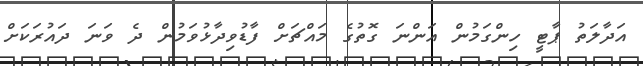
އަދާލަތު ޕާޓީ ހިންގަމުން އަންނަ ގޮތުގެ މައްޗަށް ފާޑުވިދާޅުވަމުން ދެ ވަނަ ދައުރަކަށް